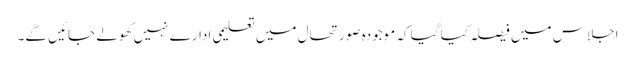
اجلاس میں فیصلہ کیاگیا کہ موجودہ صورتحال میں تعلیمی ادارے نہیں کھولے جائیں گے۔